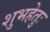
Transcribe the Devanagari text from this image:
शुभहेतुः